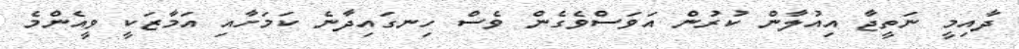
ދާއިމީ ނަތީޖާ އިއުލާން ކުރުން އަވަސްވެގެން ވެސް ހިނގައިދާނެ ކަމަށާއި އަމާޒަކީ ވީއެންމެ